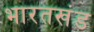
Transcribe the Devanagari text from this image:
भारतखंड